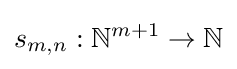
s_{m,n}:\mathbb {N} ^{m+1}\rightarrow \mathbb {N}